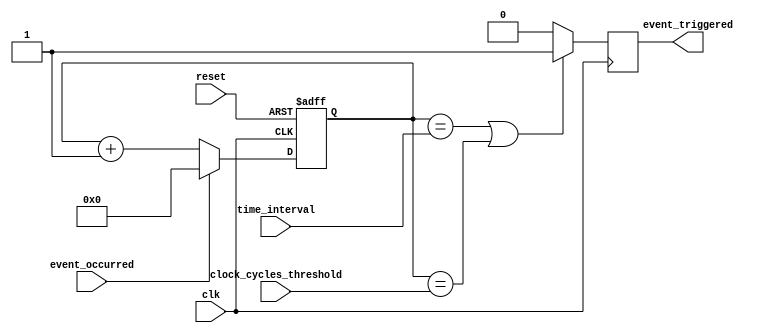
module event_timer (
    input wire clk,
    input wire reset,
    input wire event_occurred,
    input wire [7:0] time_interval,
    input wire [7:0] clock_cycles_threshold,
    output reg event_triggered
);

reg [7:0] counter;

always @(posedge clk or posedge reset) begin
    if (reset) begin
        counter <= 8'h00;
    end else begin
        if (event_occurred) begin
            counter <= 8'h00;
        end else begin
            counter <= counter + 1;
        end
    end
end

always @(posedge clk) begin
    if (counter == time_interval || counter == clock_cycles_threshold) begin
        event_triggered <= 1;
    end else begin
        event_triggered <= 0;
    end
end

endmodule